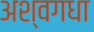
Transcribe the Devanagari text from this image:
अश्वगधा